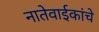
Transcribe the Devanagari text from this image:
नातेवाईकांचे